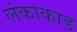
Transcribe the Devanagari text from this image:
लंकाकाड